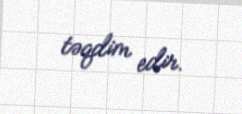
təqdim edir.